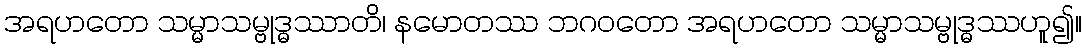
အရဟတော သမ္မာသမ္ဗုဒ္ဓဿာတိ၊ နမောတဿ ဘဂဝတော အရဟတော သမ္မာသမ္ဗုဒ္ဓဿဟူ၍။